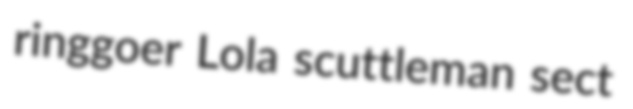
ringgoer Lola scuttleman sect